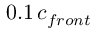
0 . 1 \, c _ { f r o n t }